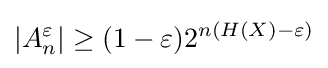
\left|A_{n}^{\varepsilon }\right|\geq (1-\varepsilon )2^{n(H(X)-\varepsilon )}